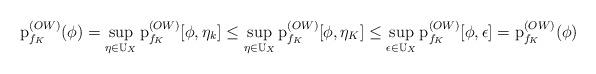
LaTeX: \begin{align*}\operatorname{p}^{(OW)}_{f_K}(\phi)=\sup_{\eta\in \mathbb{U}_X}\operatorname{p}^{(OW)}_{f_K}[\phi,\eta_k]\leq\sup_{\eta\in \mathbb{U}_X}\operatorname{p}^{(OW)}_{f_K}[\phi,\eta_K]\leq \sup_{\epsilon\in \mathbb{U}_X}\operatorname{p}^{(OW)}_{f_K}[\phi,\epsilon]=\operatorname{p}^{(OW)}_{f_K}(\phi)\end{align*}